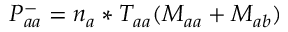
P _ { a a } ^ { - } = n _ { a } * T _ { a a } ( M _ { a a } + M _ { a b } )